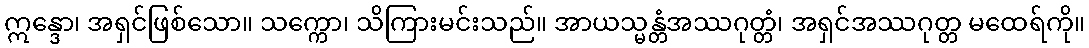
ဣန္ဒော၊ အရှင်ဖြစ်သော။ သက္ကော၊ သိကြားမင်းသည်။ အာယသ္မန္တံအဿဂုတ္တံ၊ အရှင်အဿဂုတ္တ မထေရ်ကို။